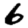
Digit: 6